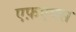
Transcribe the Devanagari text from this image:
एफ़एक्स